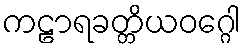
ကဠာရခတ္တိယဝဂ္ဂေါ